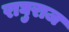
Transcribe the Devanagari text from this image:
राघुराज